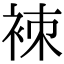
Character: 𧙞